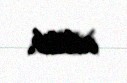
edilib.